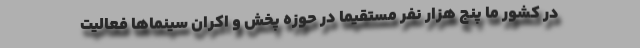
در کشور ما پنج هزار نفر مستقیماً در حوزه پخش و اکران سینماها فعالیت